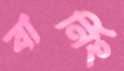
বার্নিং